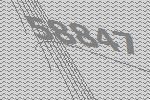
58847